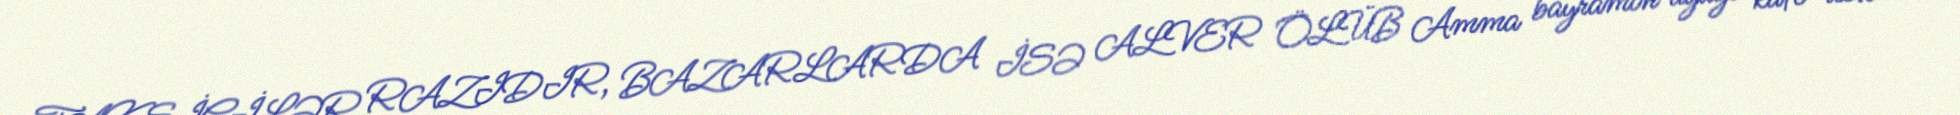
TAKSİÇİLƏR RAZIDIR, BAZARLARDA İSƏ ALVER ÖLÜB Amma bayramın ayağı kafe-restoran